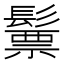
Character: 𩮳